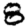
Digit: 8